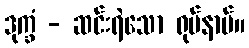
ဒုက္ခံ - ဆင်းရဲသော ရုပ်နာမ်။